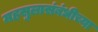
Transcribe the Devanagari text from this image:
महसुलासंबंधीच्या